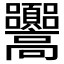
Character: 𩫳